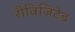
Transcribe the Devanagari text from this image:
रीविजिटेड